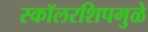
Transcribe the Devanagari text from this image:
स्कॉलरशिपमुळे